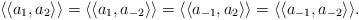
LaTeX: \begin{align*}\langle \langle a_1, a_2 \rangle \rangle = \langle \langle a_1, a_{-2} \rangle \rangle = \langle \langle a_{-1}, a_2 \rangle \rangle = \langle \langle a_{-1}, a_{-2} \rangle \rangle. \end{align*}